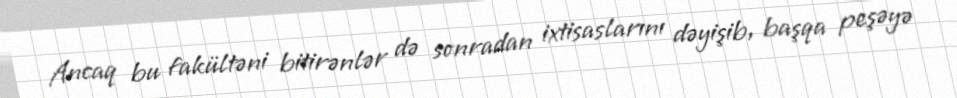
Ancaq bu fakültəni bitirənlər də sonradan ixtisaslarını dəyişib, başqa peşəyə